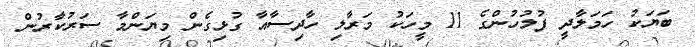
ބަޔަކު ހަމަލާދީ ފުލުހުންގެ 11 މީހަކު މަރާލި ހާދިސާއާ ގުޅިގެން މިޔަންމާ ސަރުކާރުން